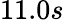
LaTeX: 11.0s